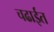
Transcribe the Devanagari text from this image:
चढाईत